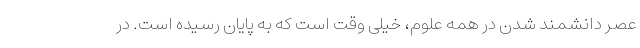
عصر دانشمند شدن در همه علوم، خیلی وقت است که به پایان رسیده است. در